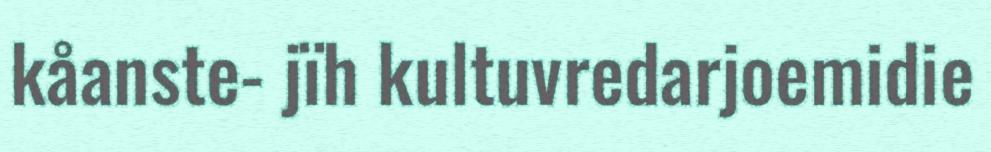
kåanste- jïh kultuvredarjoemidie